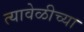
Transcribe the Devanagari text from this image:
त्यावेळीच्या